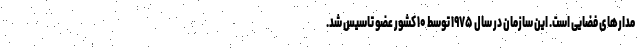
مدارهای فضایی است. این سازمان در سال ۱۹۷۵ توسط ۱۰ کشور عضو تاسیس شد.